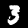
Label: 3